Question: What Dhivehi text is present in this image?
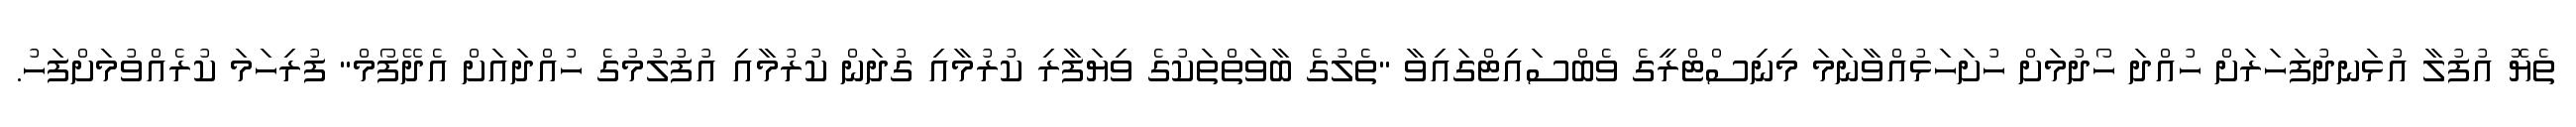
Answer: ތެޔޮ އުފުލާ އުޅަނދުފަހަރަށް ހުއްދަ ހޯދުމަށް ހުށަހަޅުއްވާނަމަ މިނިސްޓްރީގެ ވެބްސައިޓްގައިވާ "ތެލުގެ ބާވަތްތަކުގެ ވިޔަފާރި ކުރުމާއި ގުދަން ކުރުމާއި އުފުލުމުގެ ހުއްދައަށް އެދޭފޯމް" ފުރިހަމަ ކުރެއްވުމަށްފަހު.